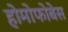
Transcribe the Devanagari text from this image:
होमोफोबेस